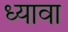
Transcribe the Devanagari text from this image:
ध्यावा